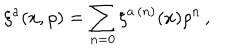
LaTeX: \xi ^ { a } ( x , \rho ) = \sum _ { n = 0 } \xi ^ { a \, ( n ) } ( x ) \rho ^ { n } \, ,